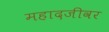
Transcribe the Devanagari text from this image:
महादजीवर